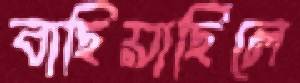
বাছিয়াছিলে